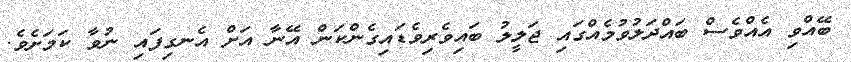
ބޭއްވި އެއްވެސް ބައްދަލުވުމެއްގައި ޖަލީލު ބައިވެރިވެޑައިގެންކަން އޭނާ އަށް އެނގިފައި ނުވާ ކަމަށެވެ.